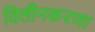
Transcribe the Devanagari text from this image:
विलीनकरणा